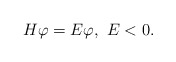
\begin{align*} H\varphi = E \varphi, \ E<0.\end{align*}